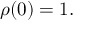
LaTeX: \rho ( { 0 } ) = 1 .